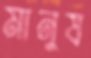
মানুষ